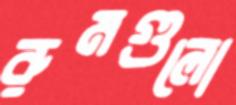
রুমগুলো